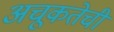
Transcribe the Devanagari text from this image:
अचूकतेची